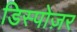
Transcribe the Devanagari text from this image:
डिस्पोज़र